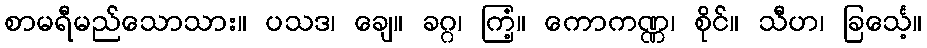
စာမရီမည်သောသား။ ပသဒ၊ ချေ။ ခဂ္ဂ၊ ကြံ့။ ကောကဏ္ဏ၊ စိုင်။ သီဟ၊ ခြင်္သေ့။